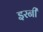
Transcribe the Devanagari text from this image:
इरनी